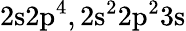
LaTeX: \mathrm{2s2p^{4},2s^{2}2p^{2}3s}